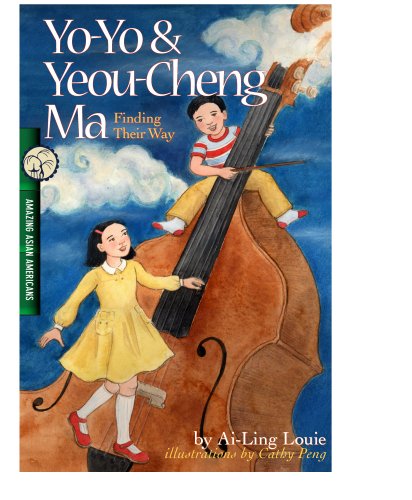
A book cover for Yo-Yo & Yeou-Cheng Ma, Finding Their Way: Amazing Asian Americans; Ai-Ling Louie; Children's Books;